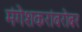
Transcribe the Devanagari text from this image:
मंगेशकरांबरोबर